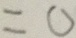
= 0